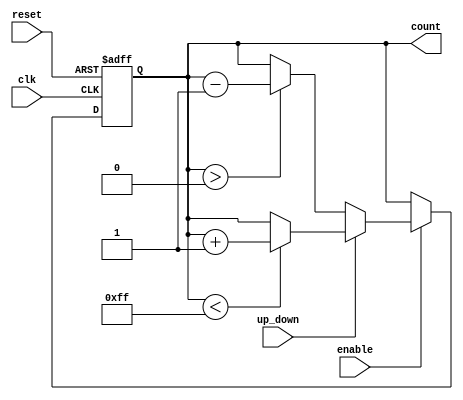
module up_down_counter (
    input wire clk,          // Clock signal
    input wire reset,        // Asynchronous reset signal
    input wire enable,       // Enable counting operation
    input wire up_down,      // Control signal (1 for up, 0 for down)
    output reg [7:0] count   // Current count value (8-bit counter)
);

    // Parameter for maximum count value
    parameter MAX_COUNT = 8'hFF; // Max value for 8-bit counter (255)
    
    always @(posedge clk or posedge reset) begin
        if (reset) begin
            count <= 8'b0; // Reset the count to zero
        end else if (enable) begin
            if (up_down) begin
                // Increment counting logic
                if (count < MAX_COUNT) begin
                    count <= count + 1; // Increment if not at max
                end
            end else begin
                // Decrement counting logic
                if (count > 0) begin
                    count <= count - 1; // Decrement if not at zero
                end
            end
        end
    end

endmodule